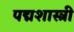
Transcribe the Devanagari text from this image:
पद्मशास्त्री